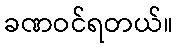
ခဏဝင်ရတယ်။